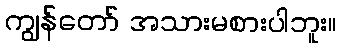
ကျွန်တော် အသားမစားပါဘူး။